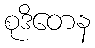
စုဒိတေန